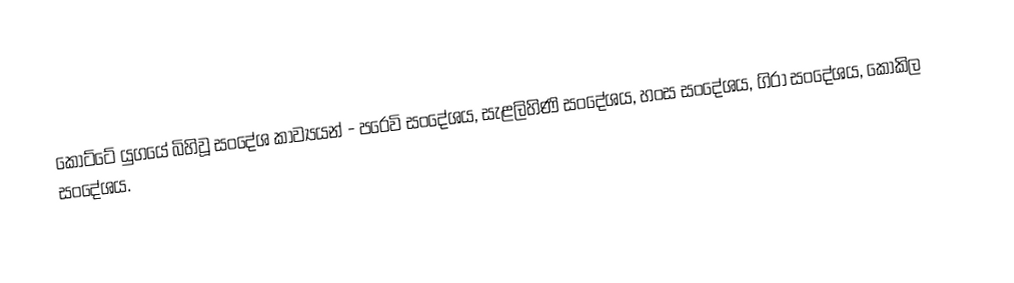
කෝට්ටේ යුගයේ බිහිවූ සංදේශ කාව්‍යයන් - පරෙවි සංදේශය, සැළලිහිණි සංදේශය, හංස සංදේශය, ගිරා සංදේශය, කෝකිල සංදේශය.